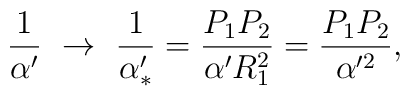
{1\over \alpha' }\   \to \  {1\over \alpha'_* } =  {P_1P_2\over \alpha' R_1^2}= {P_1P_2\over \alpha'^2} ,